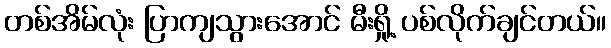
တစ်အိမ်လုံး ပြာကျသွားအောင် မီးရှို့ ပစ်လိုက်ချင်တယ်။